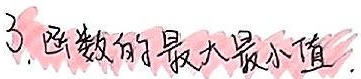
3. 函数的最大最小值.